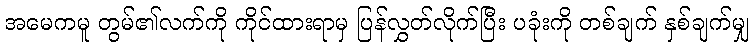
အမေကမူ တွမ်၏လက်ကို ကိုင်ထားရာမှ ပြန်လွှတ်လိုက်ပြီး ပခုံးကို တစ်ချက် နှစ်ချက်မျှ